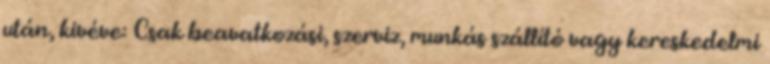
után, kivéve: Csak beavatkozási, szerviz, munkás szállító vagy kereskedelmi